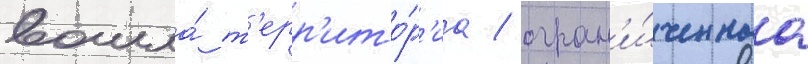
вошла́ т'ерр'ито́р'иа / огран'и́ченнаа